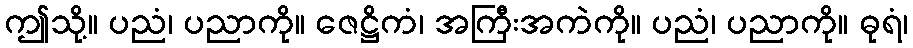
ဤသို့။ ပညံ၊ ပညာကို။ ဇေဋ္ဌိကံ၊ အကြီးအကဲကို။ ပညံ၊ ပညာကို။ ဓုရံ၊